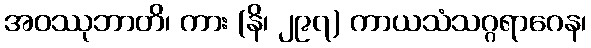
အဝဿုဘာတိ၊ ကား (နိ၊ ၂၉၇) ကာယသံသဂ္ဂရာဂေန၊